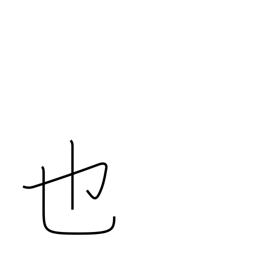
Meaning: to be (classical)